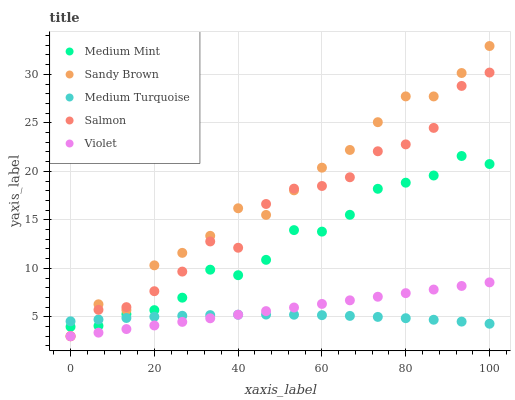
| xaxis_label | Medium Mint | Sandy Brown | Medium Turquoise | Salmon | Violet |
 | --- | --- | --- | --- | --- | --- |
 | 0 | 3.97 | 3 | 4.54 | 3 | 3 |
 | 6.67 | 4.07 | 6.3 | 4.73 | 5.73 | 3.37 |
 | 13.3 | 5.27 | 5.7 | 4.88 | 6 | 3.74 |
 | 20 | 5.69 | 10.3 | 5.01 | 7.64 | 4.11 |
 | 26.7 | 6.98 | 11.6 | 5.11 | 9.67 | 4.48 |
 | 33.3 | 9.86 | 13.4 | 5.18 | 12.8 | 4.85 |
 | 40 | 9.29 | 16.2 | 5.22 | 12.1 | 5.22 |
 | 46.7 | 10.9 | 15.5 | 5.24 | 16.6 | 5.59 |
 | 53.3 | 13.9 | 18 | 5.22 | 18.2 | 5.96 |
 | 60 | 13.8 | 20.4 | 5.17 | 18.5 | 6.33 |
 | 66.7 | 15.5 | 22.2 | 5.1 | 19.4 | 6.7 |
 | 73.3 | 18.2 | 25.1 | 5 | 22.1 | 7.07 |
 | 80 | 18.8 | 27.7 | 4.86 | 22.8 | 7.44 |
 | 86.7 | 19.6 | 27.7 | 4.7 | 24.5 | 7.81 |
 | 93.3 | 21.6 | 30.1 | 4.51 | 28.8 | 8.18 |
 | 100 | 20.8 | 32.9 | 4.29 | 30.2 | 8.55 |